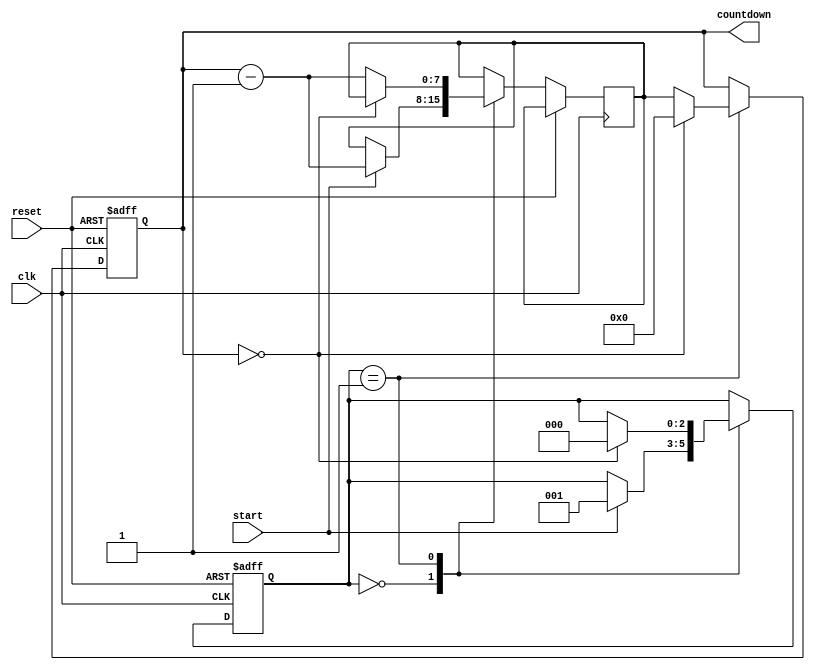
module countdown_timer(
    input wire clk,
    input wire reset,
    input wire start,
    output reg [7:0] countdown
);

reg [7:0] count_value;
reg [7:0] next_count_value;

reg [2:0] state;
parameter IDLE = 3'b000;
parameter COUNTDOWN = 3'b001;

always @ (posedge clk or posedge reset) begin
    if (reset) begin
        state <= IDLE;
        count_value <= 8'b00000000;
    end
    else begin
        case (state)
            IDLE: begin
                if (start) begin
                    state <= COUNTDOWN;
                    next_count_value <= count_value - 1;
                end
            end
            COUNTDOWN: begin
                if (count_value == 8'b00000000) begin
                    count_value <= 8'b00000000;
                    state <= IDLE;
                end
                else begin
                    count_value <= next_count_value;
                    next_count_value <= count_value - 1;
                end
            end
        endcase
    end
end

assign countdown = count_value;

endmodule